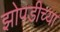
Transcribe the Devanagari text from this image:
झोपडीच्या